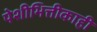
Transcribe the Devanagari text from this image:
पेशीभित्तीकाही